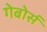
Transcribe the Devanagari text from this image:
गेबोर्स